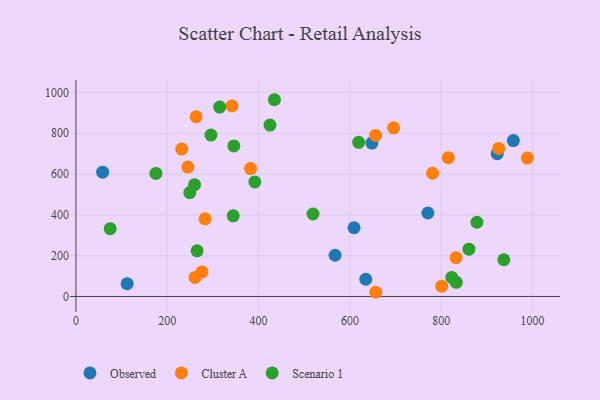
{"axis": {"x": "Experience", "y": "Sales"}, "legend": ["Cluster A", "Observed", "Scenario 1"], "data": [{"x": "648.2", "y": 751.9, "type": "Observed"}, {"x": "770.8", "y": 409.2, "type": "Observed"}, {"x": "58.5", "y": 609.2, "type": "Observed"}, {"x": "958.0", "y": 763.9, "type": "Observed"}, {"x": "609.1", "y": 336.9, "type": "Observed"}, {"x": "922.6", "y": 700.0, "type": "Observed"}, {"x": "634.8", "y": 84.5, "type": "Observed"}, {"x": "112.2", "y": 62.8, "type": "Observed"}, {"x": "567.6", "y": 202.0, "type": "Observed"}, {"x": "832.4", "y": 189.8, "type": "Cluster A"}, {"x": "988.7", "y": 678.2, "type": "Cluster A"}, {"x": "245.2", "y": 634.1, "type": "Cluster A"}, {"x": "382.4", "y": 626.9, "type": "Cluster A"}, {"x": "815.5", "y": 680.1, "type": "Cluster A"}, {"x": "276.0", "y": 120.1, "type": "Cluster A"}, {"x": "656.3", "y": 789.2, "type": "Cluster A"}, {"x": "263.3", "y": 880.8, "type": "Cluster A"}, {"x": "925.8", "y": 725.6, "type": "Cluster A"}, {"x": "781.0", "y": 604.0, "type": "Cluster A"}, {"x": "260.8", "y": 93.2, "type": "Cluster A"}, {"x": "341.8", "y": 934.1, "type": "Cluster A"}, {"x": "695.7", "y": 826.4, "type": "Cluster A"}, {"x": "231.7", "y": 722.5, "type": "Cluster A"}, {"x": "801.1", "y": 50.6, "type": "Cluster A"}, {"x": "282.8", "y": 380.8, "type": "Cluster A"}, {"x": "656.8", "y": 20.6, "type": "Cluster A"}, {"x": "344.5", "y": 395.1, "type": "Scenario 1"}, {"x": "265.4", "y": 223.7, "type": "Scenario 1"}, {"x": "175.2", "y": 603.1, "type": "Scenario 1"}, {"x": "860.7", "y": 231.9, "type": "Scenario 1"}, {"x": "619.3", "y": 755.7, "type": "Scenario 1"}, {"x": "75.1", "y": 332.3, "type": "Scenario 1"}, {"x": "259.8", "y": 548.0, "type": "Scenario 1"}, {"x": "424.9", "y": 839.9, "type": "Scenario 1"}, {"x": "314.9", "y": 928.5, "type": "Scenario 1"}, {"x": "434.7", "y": 964.3, "type": "Scenario 1"}, {"x": "833.1", "y": 69.4, "type": "Scenario 1"}, {"x": "391.9", "y": 561.6, "type": "Scenario 1"}, {"x": "295.7", "y": 790.9, "type": "Scenario 1"}, {"x": "519.2", "y": 404.3, "type": "Scenario 1"}, {"x": "249.4", "y": 509.3, "type": "Scenario 1"}, {"x": "937.2", "y": 180.1, "type": "Scenario 1"}, {"x": "823.2", "y": 93.3, "type": "Scenario 1"}, {"x": "878.2", "y": 363.8, "type": "Scenario 1"}, {"x": "345.9", "y": 738.0, "type": "Scenario 1"}]}